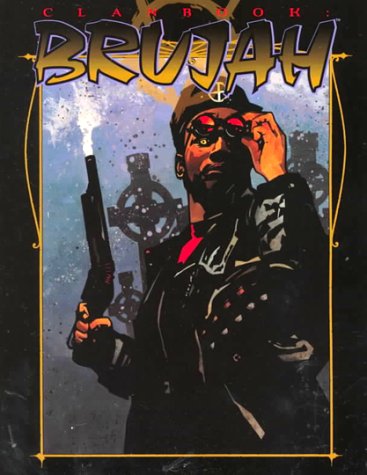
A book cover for Clanbook: Brujah (Vampire: The Masquerade Clanbooks); Justin Achilli; Science Fiction & Fantasy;